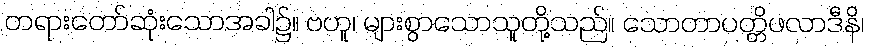
တရားတော်ဆုံးသောအခါ၌။ ဗဟူ၊ များစွာသောသူတို့သည်။ သောတာပတ္တိဖလာဒီနိ၊